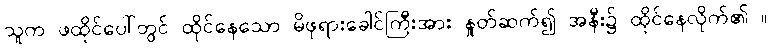
သူက ဖထိုင်ပေါ်တွင် ထိုင်နေသော မိဖုရားခေါင်ကြီးအား နှုတ်ဆက်၍ အနီး၌ ထိုင်နေလိုက်၏ ။